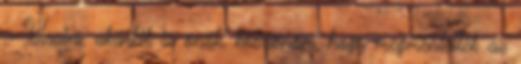
- Uraim, akárkik is önök, köszönöm, hogy megmentették az